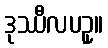
ဒုဿီလပဥှ။